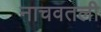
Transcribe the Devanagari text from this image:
नाचवतली